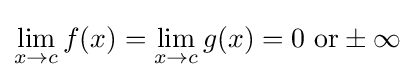
\lim _{x\to c}f(x)=\lim _{x\to c}g(x)=0{\text{ or}}\pm \infty